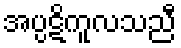
အပ္ပဋိကူလသညီ